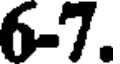
6-7.